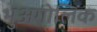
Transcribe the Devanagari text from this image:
भुअगोलिक